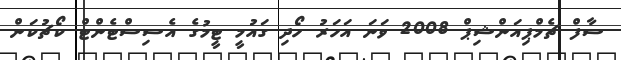
ސާފް ޗެމްޕިއަންޝިޕް 2008 ވަނަ އަހަރު ހޯދި ގައުމީ ޓީމުގެ އެސިސްޓެންޓް ކޯޗުކަން